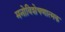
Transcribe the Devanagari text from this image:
मनोविशेषणात्मक